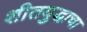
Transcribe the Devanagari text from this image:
शीतयुद्धाचा